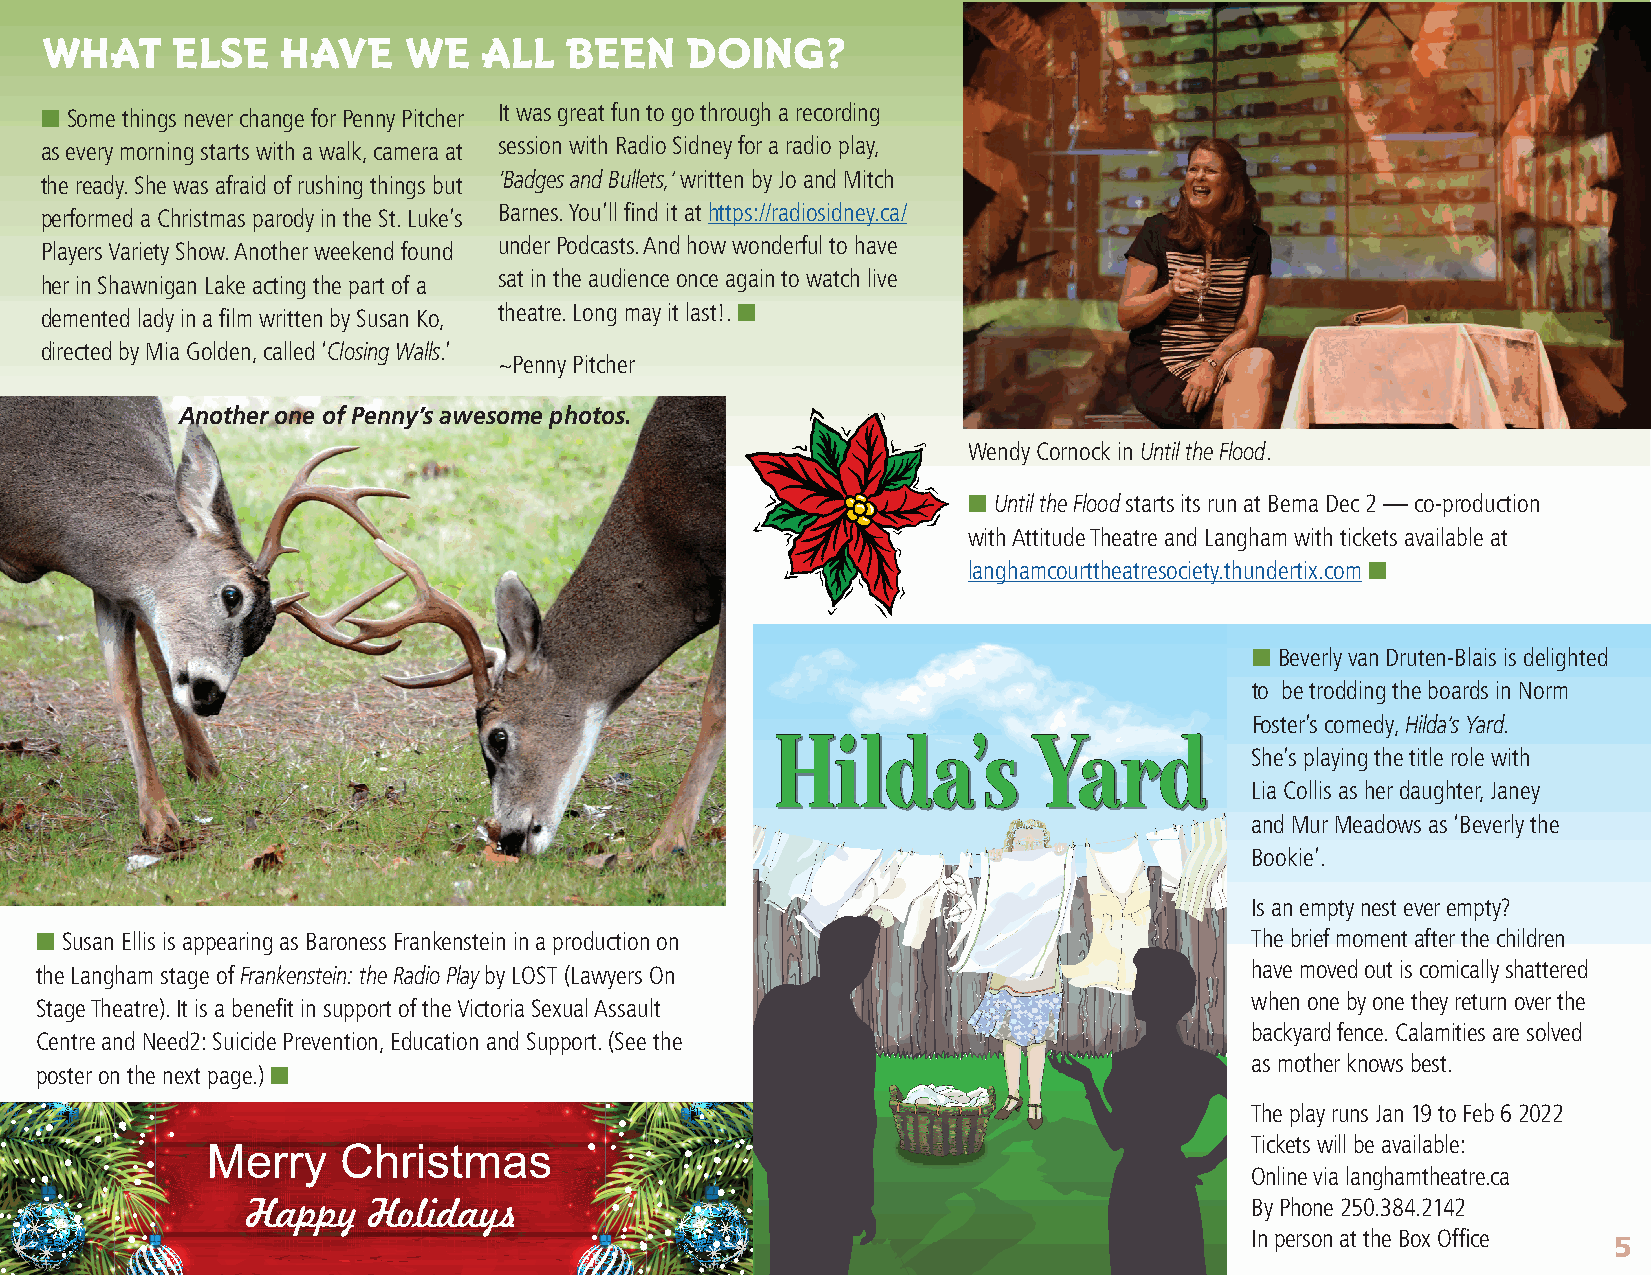
WHAT    ELSE    HAVE    WE   ALL  BEEN    DOING?
 n Some things never change for Penny Pitcher It was great fun to go through a recording
 session with Radio Sidney for a radio play,
 as every morning starts with a walk, camera at
 the ready. She was afraid of rushing things but ‘Badges and Bullets,’ written by Jo and Mitch
 performed a Christmas parody in the St. Luke’s Barnes. You’ll find it at https://radiosidney.ca/
 Players Variety Show. Another weekend found under Podcasts. And how wonderful to have
 her in Shawnigan Lake acting the part of a sat in the audience once again to watch live
 demented lady in a film written by Susan Ko, theatre. Long may it last!. n
 directed by Mia Golden, called ‘Closing Walls.’
 ~Penny Pitcher
 Another one of Penny’s awesome photos.
 Wendy Cornock in Until the Flood.
 n Until the Flood starts its run at Bema Dec 2 — co-production
 with Attitude Theatre and Langham with tickets available at
 langhamcourttheatresociety.thundertix.com n
 n Beverly van Druten-Blais is delighted
 to be trodding the boards in Norm
 Foster’s comedy, Hilda’s Yard.
 HHHHiiiillllddddaaaa’’’’ssss YYYYaaaarrrrdddd
 She’s playing the title role with
 Lia Collis as her daughter, Janey
 and Mur Meadows as ‘Beverly the
 Bookie’.
 Is an empty nest ever empty?
 n Susan Ellis is appearing as Baroness Frankenstein in a production on           The brief moment after the children
 the Langham stage of Frankenstein: the Radio Play by LOST (Lawyers On            have moved out is comically shattered
 when one by one they return over the
 Stage Theatre). It is a benefit in support of the Victoria Sexual Assault
 backyard fence. Calamities are solved
 Centre and Need2: Suicide Prevention, Education and Support. (See the
 as mother knows best.
 poster on the next page.) n
 The play runs Jan 19 to Feb 6 2022
 Tickets will be available:
 Online via langhamtheatre.ca
 By Phone 250.384.2142
 In person at the Box Office 5